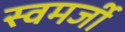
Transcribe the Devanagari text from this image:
स्वमर्जी